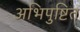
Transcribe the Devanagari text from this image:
अभिपुष्टित